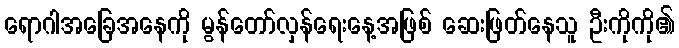
ရောဂါအခြေအနေကို မွန်တော်လှန်ရေးနေ့အဖြစ် ဆေးဖြတ်နေသူ ဦးကိုကို၏